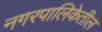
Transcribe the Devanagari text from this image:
नगरपालिकेतील